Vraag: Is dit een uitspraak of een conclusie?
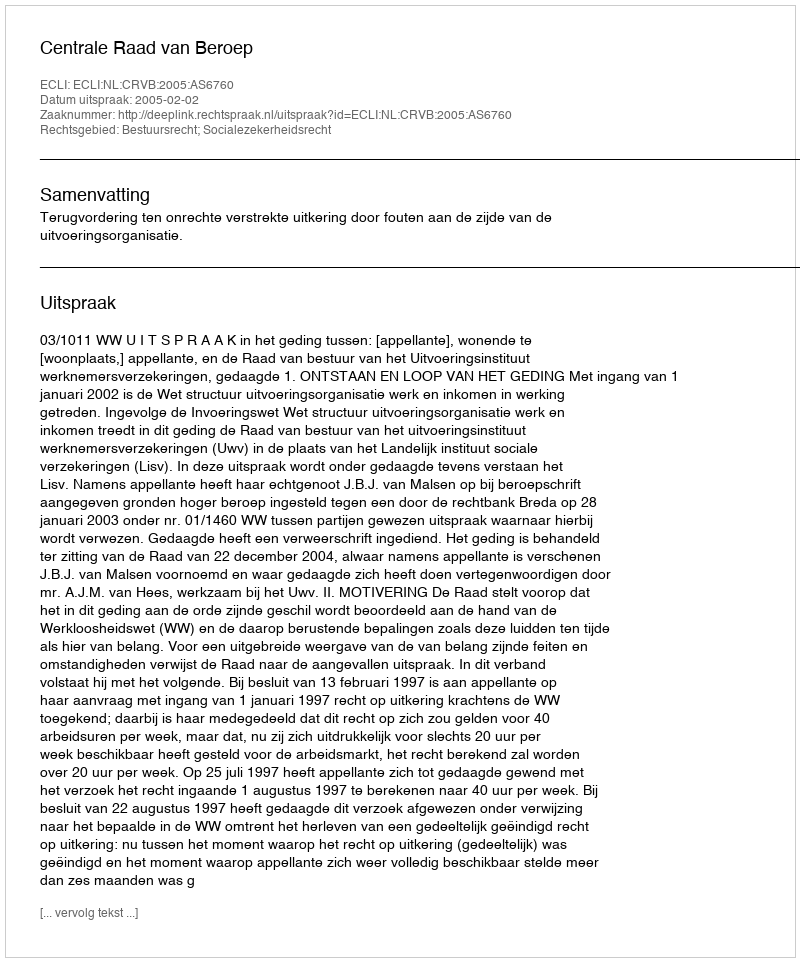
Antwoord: Uitspraak